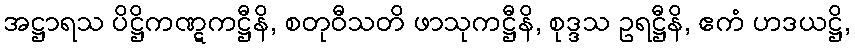
အဋ္ဌာရသ ပိဋ္ဌိကဏ္ဋကဋ္ဌီနိ, စတုဝီသတိ ဖာသုကဋ္ဌီနိ, စုဒ္ဒသ ဥရဋ္ဌီနိ, ဧကံ ဟဒယဋ္ဌိ,